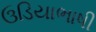
ઉડિયાભાષી